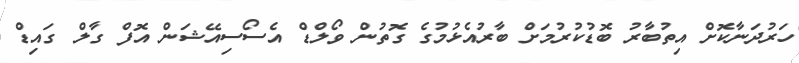
ހަރުދަނާކޮށް އިތުބާރު ބޮޑުކުރުމަށް ބާރުއެޅުމުގެ ގޮތުން ވޯލްޑް އެސޯސިއޭޝަން އޮފް ގާލް ގައިޑް